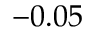
- 0 . 0 5